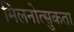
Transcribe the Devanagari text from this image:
मिलनोत्सुकता